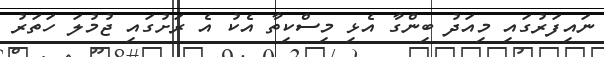
ނައިފަރުގައި މިއަދު ބިންގާ އެޅި މިސްކިތާ އެކު އެ ރަށުގައި ޖުމުލަ ހަތަރު